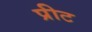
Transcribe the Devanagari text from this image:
प्रीट